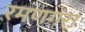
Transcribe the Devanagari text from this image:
रमणगरा